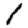
Digit: 1